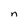
Character: n